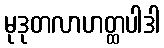
မုဒုတလာဟတ္ထပါဒါ